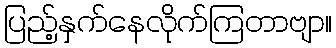
ပြည့်နှက်နေလိုက်ကြတာဗျာ။